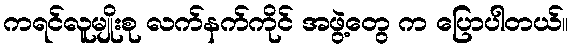
ကရင်လူမျိုးစု လက်နက်ကိုင် အဖွဲ့တွေ က ပြောပါတယ်။